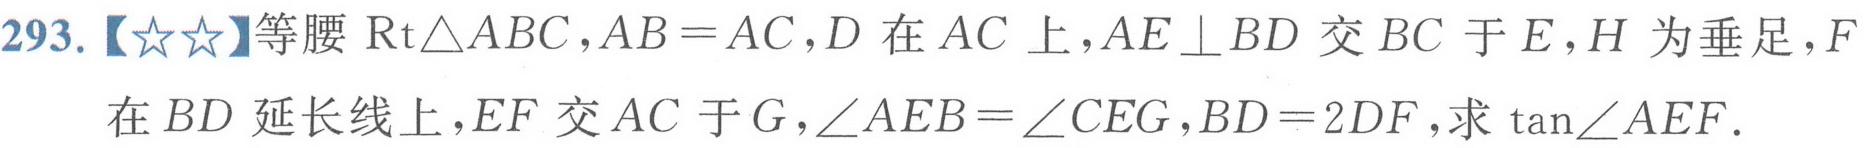
293.【★★】等腰$\text{Rt}\triangle ABC，AB = AC，D$在$AC$上，$AE\perp BD$交$BC$于$E，H$为垂足，$F$在$BD$延长线上，$EF$交$AC$于$G，\angle AEB=\angle CEG，BD = 2DF$，求$\tan\angle AEF.$